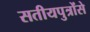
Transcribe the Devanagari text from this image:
सतीयपुत्रोंसे